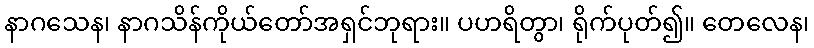
နာဂသေန၊ နာဂသိန်ကိုယ်တော်အရှင်ဘုရား။ ပဟရိတွာ၊ ရိုက်ပုတ်၍။ တေလေန၊